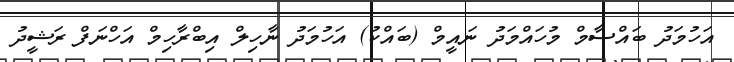
އަހުމަދު ބައްސާމް މުހައްމަދު ނައީމް (ބައްކު) އަހުމަދު ނާހިލް އިބްރާހިމް އަހްނަފް ރަޝީދު